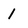
Character: I